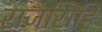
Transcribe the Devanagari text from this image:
राजसिंहि